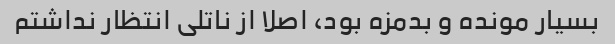
بسیار مونده و بدمزه بود، اصلا از ناتلی انتظار نداشتم